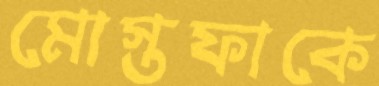
মোস্তফাকে